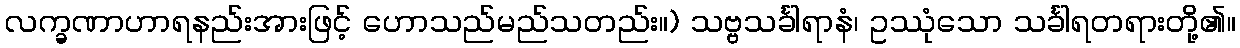
လက္ခဏာဟာရနည်းအားဖြင့် ဟောသည်မည်သတည်း။) သဗ္ဗသင်္ခါရာနံ၊ ဥဿုံသော သင်္ခါရတရားတို့၏။